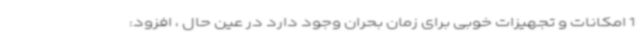
1 امکانات و تجهیزات خوبی برای زمان بحران وجود دارد در عین حال ، افزود: